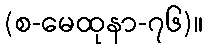
(စ-မေထုနာ-၇၆)။